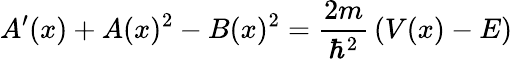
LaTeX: A^{\prime}(x)+A(x)^{2}-B(x)^{2}={\frac{2m}{\hbar^{2}}}\left(V(x)-E\right)